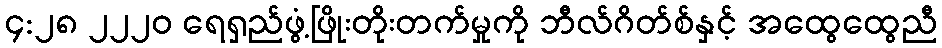
၄:၂၈ ၂၂၂၀ ရေရှည်ဖွံ့ဖြိုးတိုးတက်မှုကို ဘီလ်ဂိတ်စ်နှင့် အထွေထွေညီ